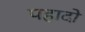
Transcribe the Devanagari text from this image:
पहादो